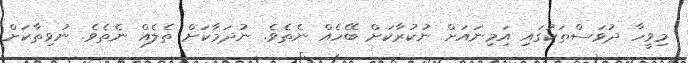
މިވީހާ ދުވަސްތަކުގައި އަިމިނައަށް ނުކުރާކަށް ބޭހެއް ނެތެވެ. ނުދަމާކަށް ތެލެއް ނެތެވެ. ނުވިތާކަށް